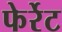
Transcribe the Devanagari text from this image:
फेर्रेट